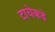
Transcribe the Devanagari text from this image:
टाचेकडे